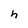
Character: h